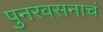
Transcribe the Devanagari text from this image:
पुनरवसनाचं